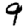
Digit: 9